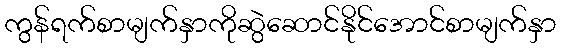
ကွန်ရက်စာမျက်နှာကိုဆွဲဆောင်နိုင်အောင်စာမျက်နှာ